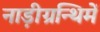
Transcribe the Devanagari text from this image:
नाड़ीग्रन्थिमें